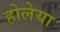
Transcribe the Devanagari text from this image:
होलेया